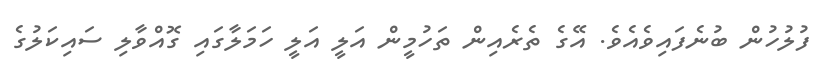
ފުލުހުން ބުނެފައިވެއެވެ. އޭގެ ތެރެއިން ތަހުމީން އަލީ އަލީ ހަމަލާގައި ގޮއްވާލި ސައިކަލުގެ